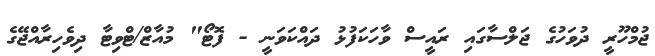
ޖުމްހޫރީ ދުވަހުގެ ޖަލްސާގައި ރައީސް ވާހަކަފުޅު ދައްކަވަނީ - ފޮޓޯ" މުއާޒް/ޓްވިޓާ ދިވެހިރާއްޖޭގެ